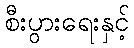
စီးပွားရေးနှင့်